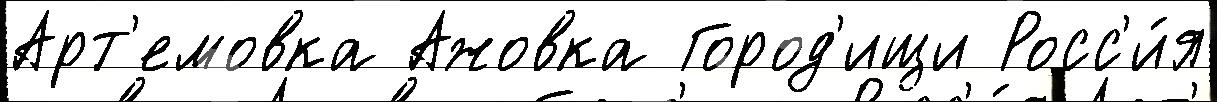
Арт'емовка Ажовка Город'ищи Росс'и́я